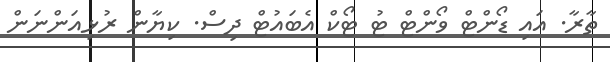
ތާރާ. އައި ޑޯންޓް ވޯންޓް ޓު ޓޯކް އެބައުޓް ދިސް. ކިޔާން ރުޅިއަންނަން